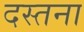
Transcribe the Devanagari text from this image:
दस्तना